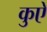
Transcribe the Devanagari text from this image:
कुऐ